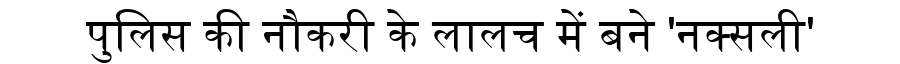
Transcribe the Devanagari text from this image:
पुलिस की नौकरी के लालच में बने 'नक्सली'